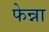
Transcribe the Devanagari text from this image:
फेन्ना